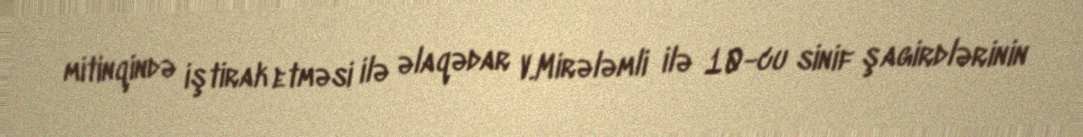
mitinqində iştirak etməsi ilə əlaqədar V.Mirələmli ilə 10-cu sinif şagirdlərinin